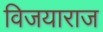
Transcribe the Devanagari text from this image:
विजयाराज